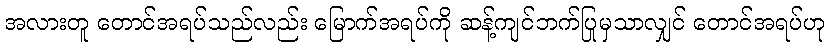
အလားတူ တောင်အရပ်သည်လည်း မြောက်အရပ်ကို ဆန့်ကျင်ဘက်ပြုမှသာလျှင် တောင်အရပ်ဟု